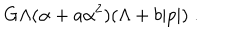
LaTeX: G \Lambda ( \alpha + a \alpha ^ { 2 } ) ( \Lambda + b | p | ) \; .